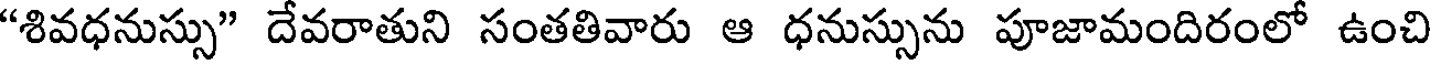
"శివధనుస్సు" దేవరాతుని సంతతివారు ఆ ధనుస్సును పూజామందిరంలో ఉంచి